Plague in India, 1896, 1897 - Volume 2
Year: 1896
Disease focus: Plague
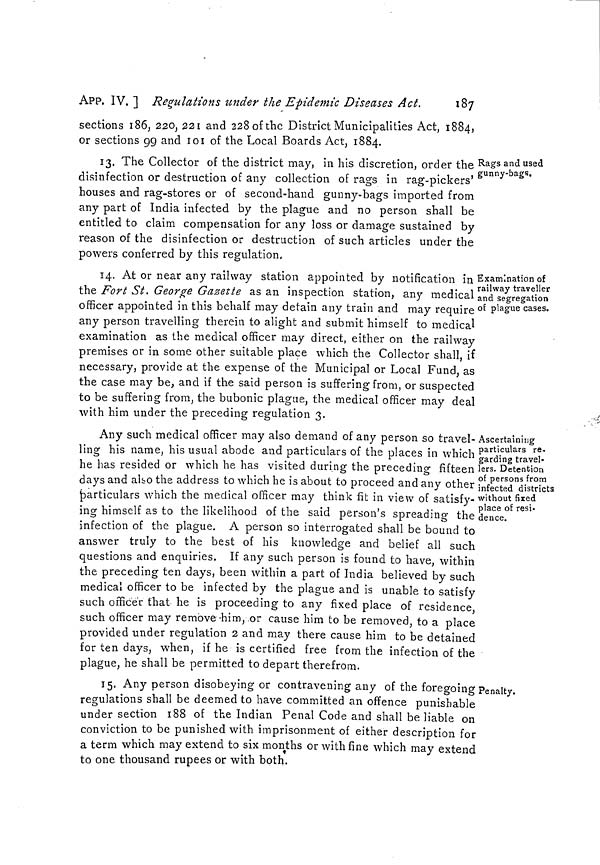
APP. IV, ] Regulations under the Epidemic Diseases Act.
187
sections 186, 220, 221 and 228 of the District Municipalities Act, 1884,
or sections 99 and 101 of the Local Boards Act, 1884.
Rags and used
gunny-bags.
13. The Collector of the district may, in his discretion, order the
disinfection or destruction of any collection of rags in rag-pickers'
houses and rag-stores or of second-hand gunny-bags imported from
any part of India infected by the plague and no person shall be
entitled to claim compensation for any loss or damage sustained by
reason of the disinfection or destruction of such articles under the
powers conferred by this regulation,
Examination of
railway traveller
and segregation
of plague cases.
14. At or near any railway station appointed by notification in
the Fort St. George Gazette as an inspection station, any medical
officer appointed in this behalf may detain any train and may require
any person travelling therein to alight and submit himself to medical
examination as the medical officer may direct, either on the railway
premises or in some other suitable place which the Collector shall, if
necessary, provide at the expense of the Municipal or Local Fund, as
the case may be, and if the said person is suffering from, or suspected
to be suffering from, the bubonic plague, the medical officer may deal
with him under the preceding regulation 3.
Ascertaining
particulars re.
garding travel-
lers. Detention
of persons from
infected districts
without fixed
place of resi-
dence.
Any such medical officer may also demand of any person so travel-
ling his name, his usual abode and particulars of the places in which
he has resided or which he has visited during the preceding fifteen
days and also the address to which he is about to proceed and any other
particulars which the medical officer may think fit. in view of satisfy-
ing himself as to the likelihood of the said person's spreading the
infection of the plague. A person so interrogated shall be bound to
answer truly to the best of his knowledge and belief all such
questions and enquiries. If any such person is found to have, within
the preceding ten days, been within a part of India believed by such
medical officer to be infected by the plague and is unable to satisfy
such officer that he is proceeding to any fixed place of residence,
such officer may remove-him, or cause him to be removed, to a place
provided under regulation 2 and may there cause him to be detained
for ten days, when, if he is certified free from the infection of the
plague, he shall be permitted to depart therefrom.
Penalty.
15. Any person disobeying or contravening any of the foregoing
regulations shall be deemed to have committed an offence punishable
under section 188 of the Indian Penal Code and shall be liable on
conviction to be punished with imprisonment of either description for
a term which may extend to six months or with fine which may extend
to one thousand rupees or with both.